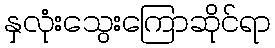
နှလုံးသွေးကြောဆိုင်ရာ